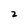
Character: 2